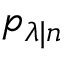
p _ { \lambda | n }